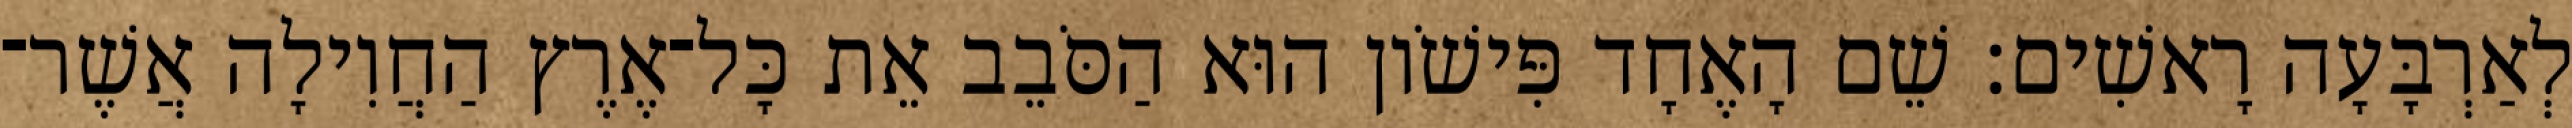
לְאַרְבָּעָה רָאשִׁים׃ שֵׁם הָאֶחָד פִּישֹׁון הוּא הַסֹּבֵב אֵת כָּל־אֶרֶץ הַחֲוִילָה אֲשֶׁר־